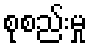
စုစည်းမှု